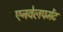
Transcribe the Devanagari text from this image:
एनवेलपमेंट